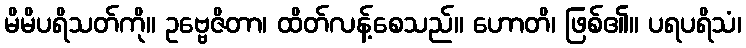
မိမိပရိသတ်ကို။ ဥဗ္ဗေဇိတာ၊ ထိတ်လန့်စေသည်။ ဟောတိ၊ ဖြစ်၏။ ပရပရိသံ၊